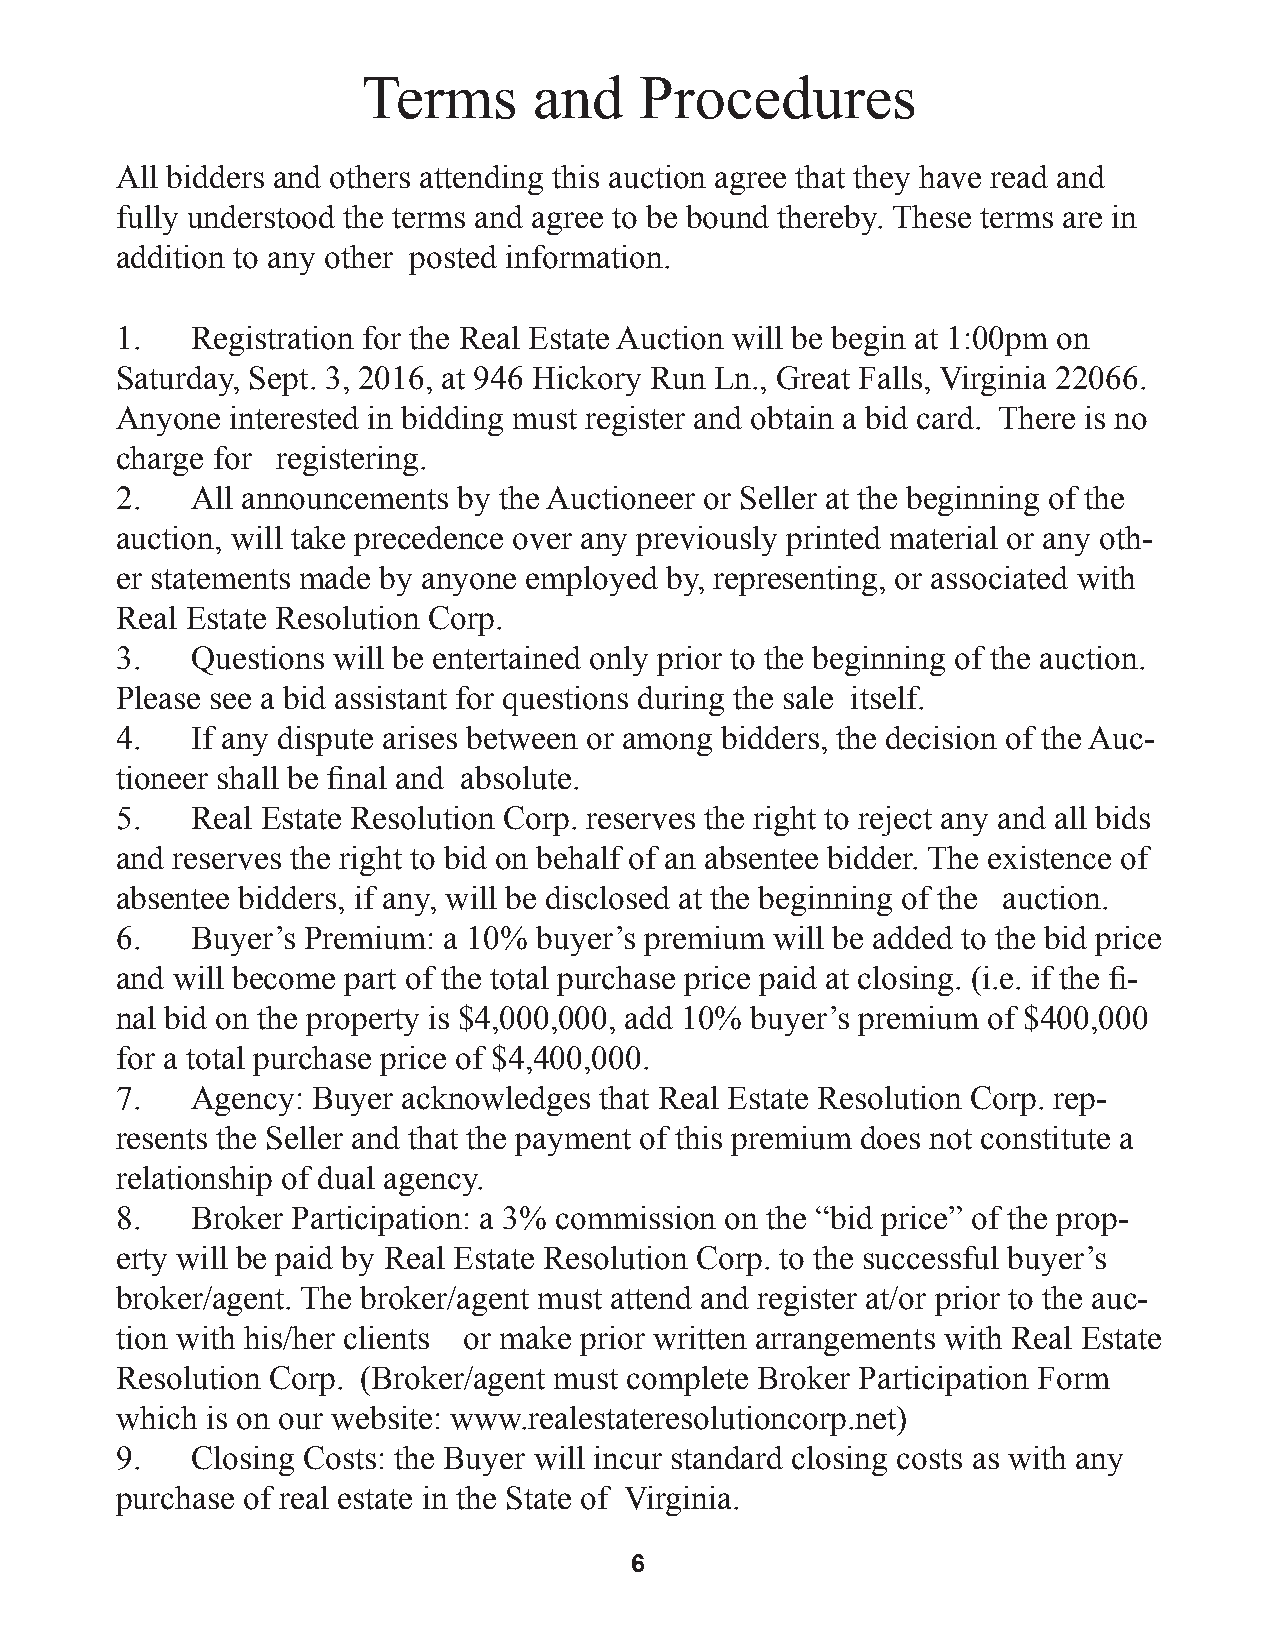
Terms      and    Procedures
 All bidders and others attending this auction agree that they have read and
 fully understood the terms and agree to be bound thereby. These terms are in
 addition to any other posted information.
 1.   Registration for the Real Estate Auction will be begin at 1:00pm on
 Saturday, Sept. 3, 2016, at 946 Hickory Run Ln., Great Falls, Virginia 22066.
 Anyone interested in bidding must register and obtain a bid card. There is no
 charge for registering.
 2.   All announcements by the Auctioneer or Seller at the beginning of the
 auction, will take precedence over any previously printed material or any oth-
 er statements made by anyone employed by, representing, or associated with
 Real Estate Resolution Corp.
 3.   Questions will be entertained only prior to the beginning of the auction.
 Please see a bid assistant for questions during the sale itself.
 4.   If any dispute arises between or among bidders, the decision of the Auc-
 tioneer shall be final and absolute.
 5.   Real Estate Resolution Corp. reserves the right to reject any and all bids
 and reserves the right to bid on behalf of an absentee bidder. The existence of
 absentee bidders, if any, will be disclosed at the beginning of the auction.
 6.   Buyer’s Premium: a 10% buyer’s premium will be added to the bid price
 and will become part of the total purchase price paid at closing. (i.e. if the fi-
 nal bid on the property is $4,000,000, add 10% buyer’s premium of $400,000
 for a total purchase price of $4,400,000.
 7.   Agency: Buyer acknowledges that Real Estate Resolution Corp. rep-
 resents the Seller and that the payment of this premium does not constitute a
 relationship of dual agency.
 8.   Broker Participation: a 3% commission on the “bid price” of the prop-
 erty will be paid by Real Estate Resolution Corp. to the successful buyer’s
 broker/agent. The broker/agent must attend and register at/or prior to the auc-
 tion with his/her clients or make prior written arrangements with Real Estate
 Resolution Corp. (Broker/agent must complete Broker Participation Form
 which is on our website: www.realestateresolutioncorp.net)
 9.   Closing Costs: the Buyer will incur standard closing costs as with any
 purchase of real estate in the State of Virginia.
 6